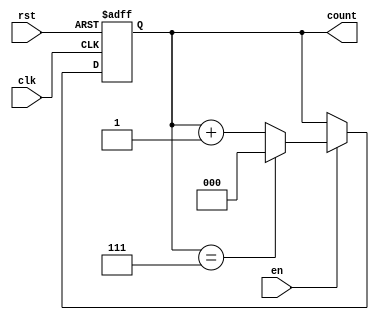
module binary_counter #(parameter N = 3) (
    input wire clk,          // Clock signal
    input wire rst,          // Asynchronous reset
    input wire en,           // Enable signal
    output reg [N-1:0] count // Counter output
);

// Always block for synchronous behavior
always @(posedge clk or posedge rst) begin
    if (rst) begin
        // Reset the counter to 0
        count <= 0;
    end else if (en) begin
        // Increment the counter
        if (count == (1 << N) - 1) // Check if max value is reached
            count <= 0;           // Wrap around to 0
        else
            count <= count + 1;   // Increment count
    end
end

endmodule